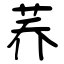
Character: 荞